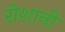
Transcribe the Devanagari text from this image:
रोशानी